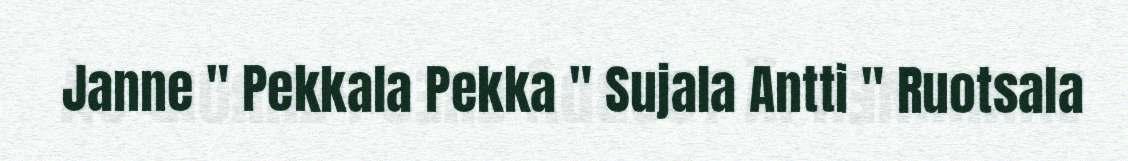
Janne " Pekkala Pekka " Sujala Antti " Ruotsala